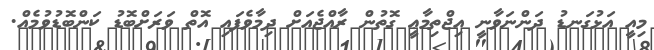
މިއީ އަޅުގަނޑު ދަންނަވާނީ އިޖްތިމާޢީ ގޮތުން ރާއްޖެއަށް ދިމާވެފައި އޮތް ވަރަށްބޮޑު ކަންބޮޑުވުމެއް.